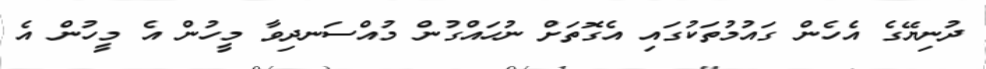
ދުނިޔޭގެ އެހެން ގައުމުތަކުގައި އެގޮތަށް ނުހައްގުން މުއްސަނދިވާ މީހުން އެ މީހުން އެ